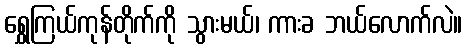
ရွှေကြယ်ကုန်တိုက်ကို သွားမယ်၊ ကားခ ဘယ်လောက်လဲ။